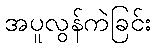
အပူလွန်ကဲခြင်း